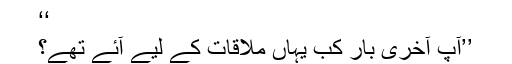
‘‘
’’آپ آخری بار کب یہاں ملاقات کے لیے آئے تھے؟